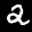
Label: 2